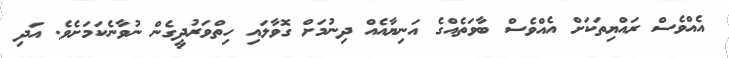
އެއްވެސް ރައްޔިތަކަށް އެއްވެސް ބާވަތެއްގެ އަނިޔާއެއް ދިނުމަށް ގޮވާލައި ހިތްވަރުދީގެން ނުވާނެކަމަށެވެ. އަދި